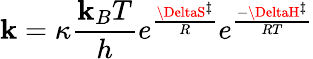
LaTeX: \mathbf{k}=\kappa{\frac{{\mathbf{k}_{B}T}}{{h}}}e^{\frac{{\DeltaS^{\ddagger}}}{{R}}}e^{\frac{{-\DeltaH^{\ddagger}}}{{RT}}}